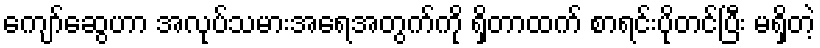
ကျော်ဆွေဟာ အလုပ်သမားအရေအတွက်ကို ရှိတာထက် စာရင်းပိုတင်ပြီး မရှိတဲ့